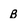
Character: B